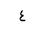
Letter: _ayn